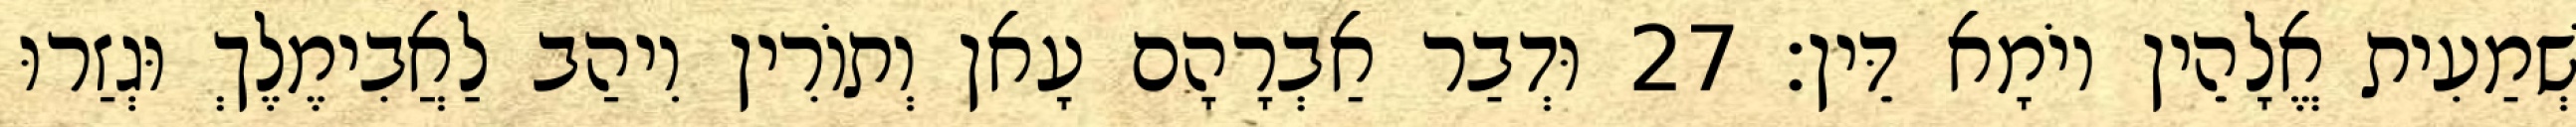
שְׁמַעִית אֱלָהֵין יוֹמָא דֵּין׃ 27 וּדְבַר אַבְרָהָם עָאן וְתוֹרִין וִיהַב לַאֲבִימֶלֶךְ וּגְזַרוּ